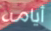
أيامه